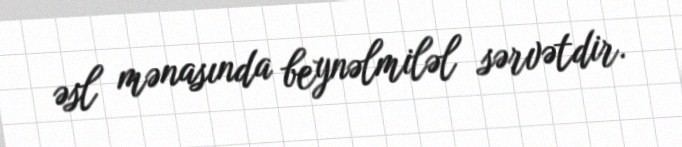
əsl mənasında beynəlmiləl sərvətdir.